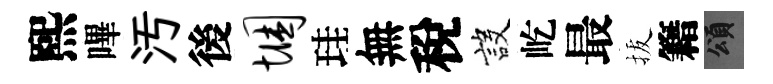
熙嗶汚後悃珪無稅設屹最拔籍頌